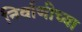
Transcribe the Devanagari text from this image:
निर्वाणीच्या